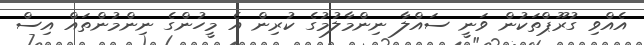
އެއްވި ގުރޫޕްތަކުން ވަނީ ސައްލާ ނިންމާލުމުގެ ކުރިން އެ މީހުންގެ ނިންމުންތައް އިސް